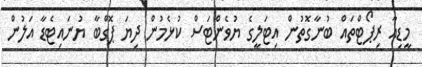
މީޑިއާ ރިޕޯޓްތައް ބުނާގޮތުން އިޓަލީގެ ޔުވެންޓަސް ކުޅެމުން ދިޔަ ޕޮގްބާ ޔުނައިޓެޑާ އަލުން